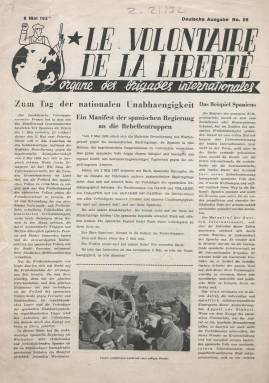
Título: Le Volontaire de la liberté (Deutsche Ausg.)
Colección: Guerra civil || Periódicos
Ámbito geográfico: Madrid
Lugar de publicación: Madrid
Fechas: 06/05/1937-06/05/1937